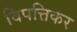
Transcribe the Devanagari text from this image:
विपत्तिकर